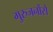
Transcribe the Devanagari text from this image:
गुरुजनोंसे